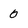
Character: 0